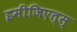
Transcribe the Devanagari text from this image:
इमीजिएत्स्